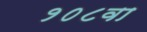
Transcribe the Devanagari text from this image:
१०८वा